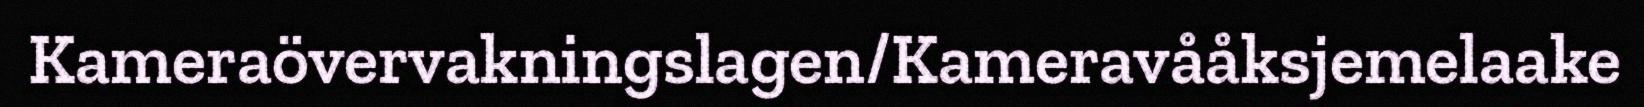
Kameraövervakningslagen/Kameravååksjemelaake